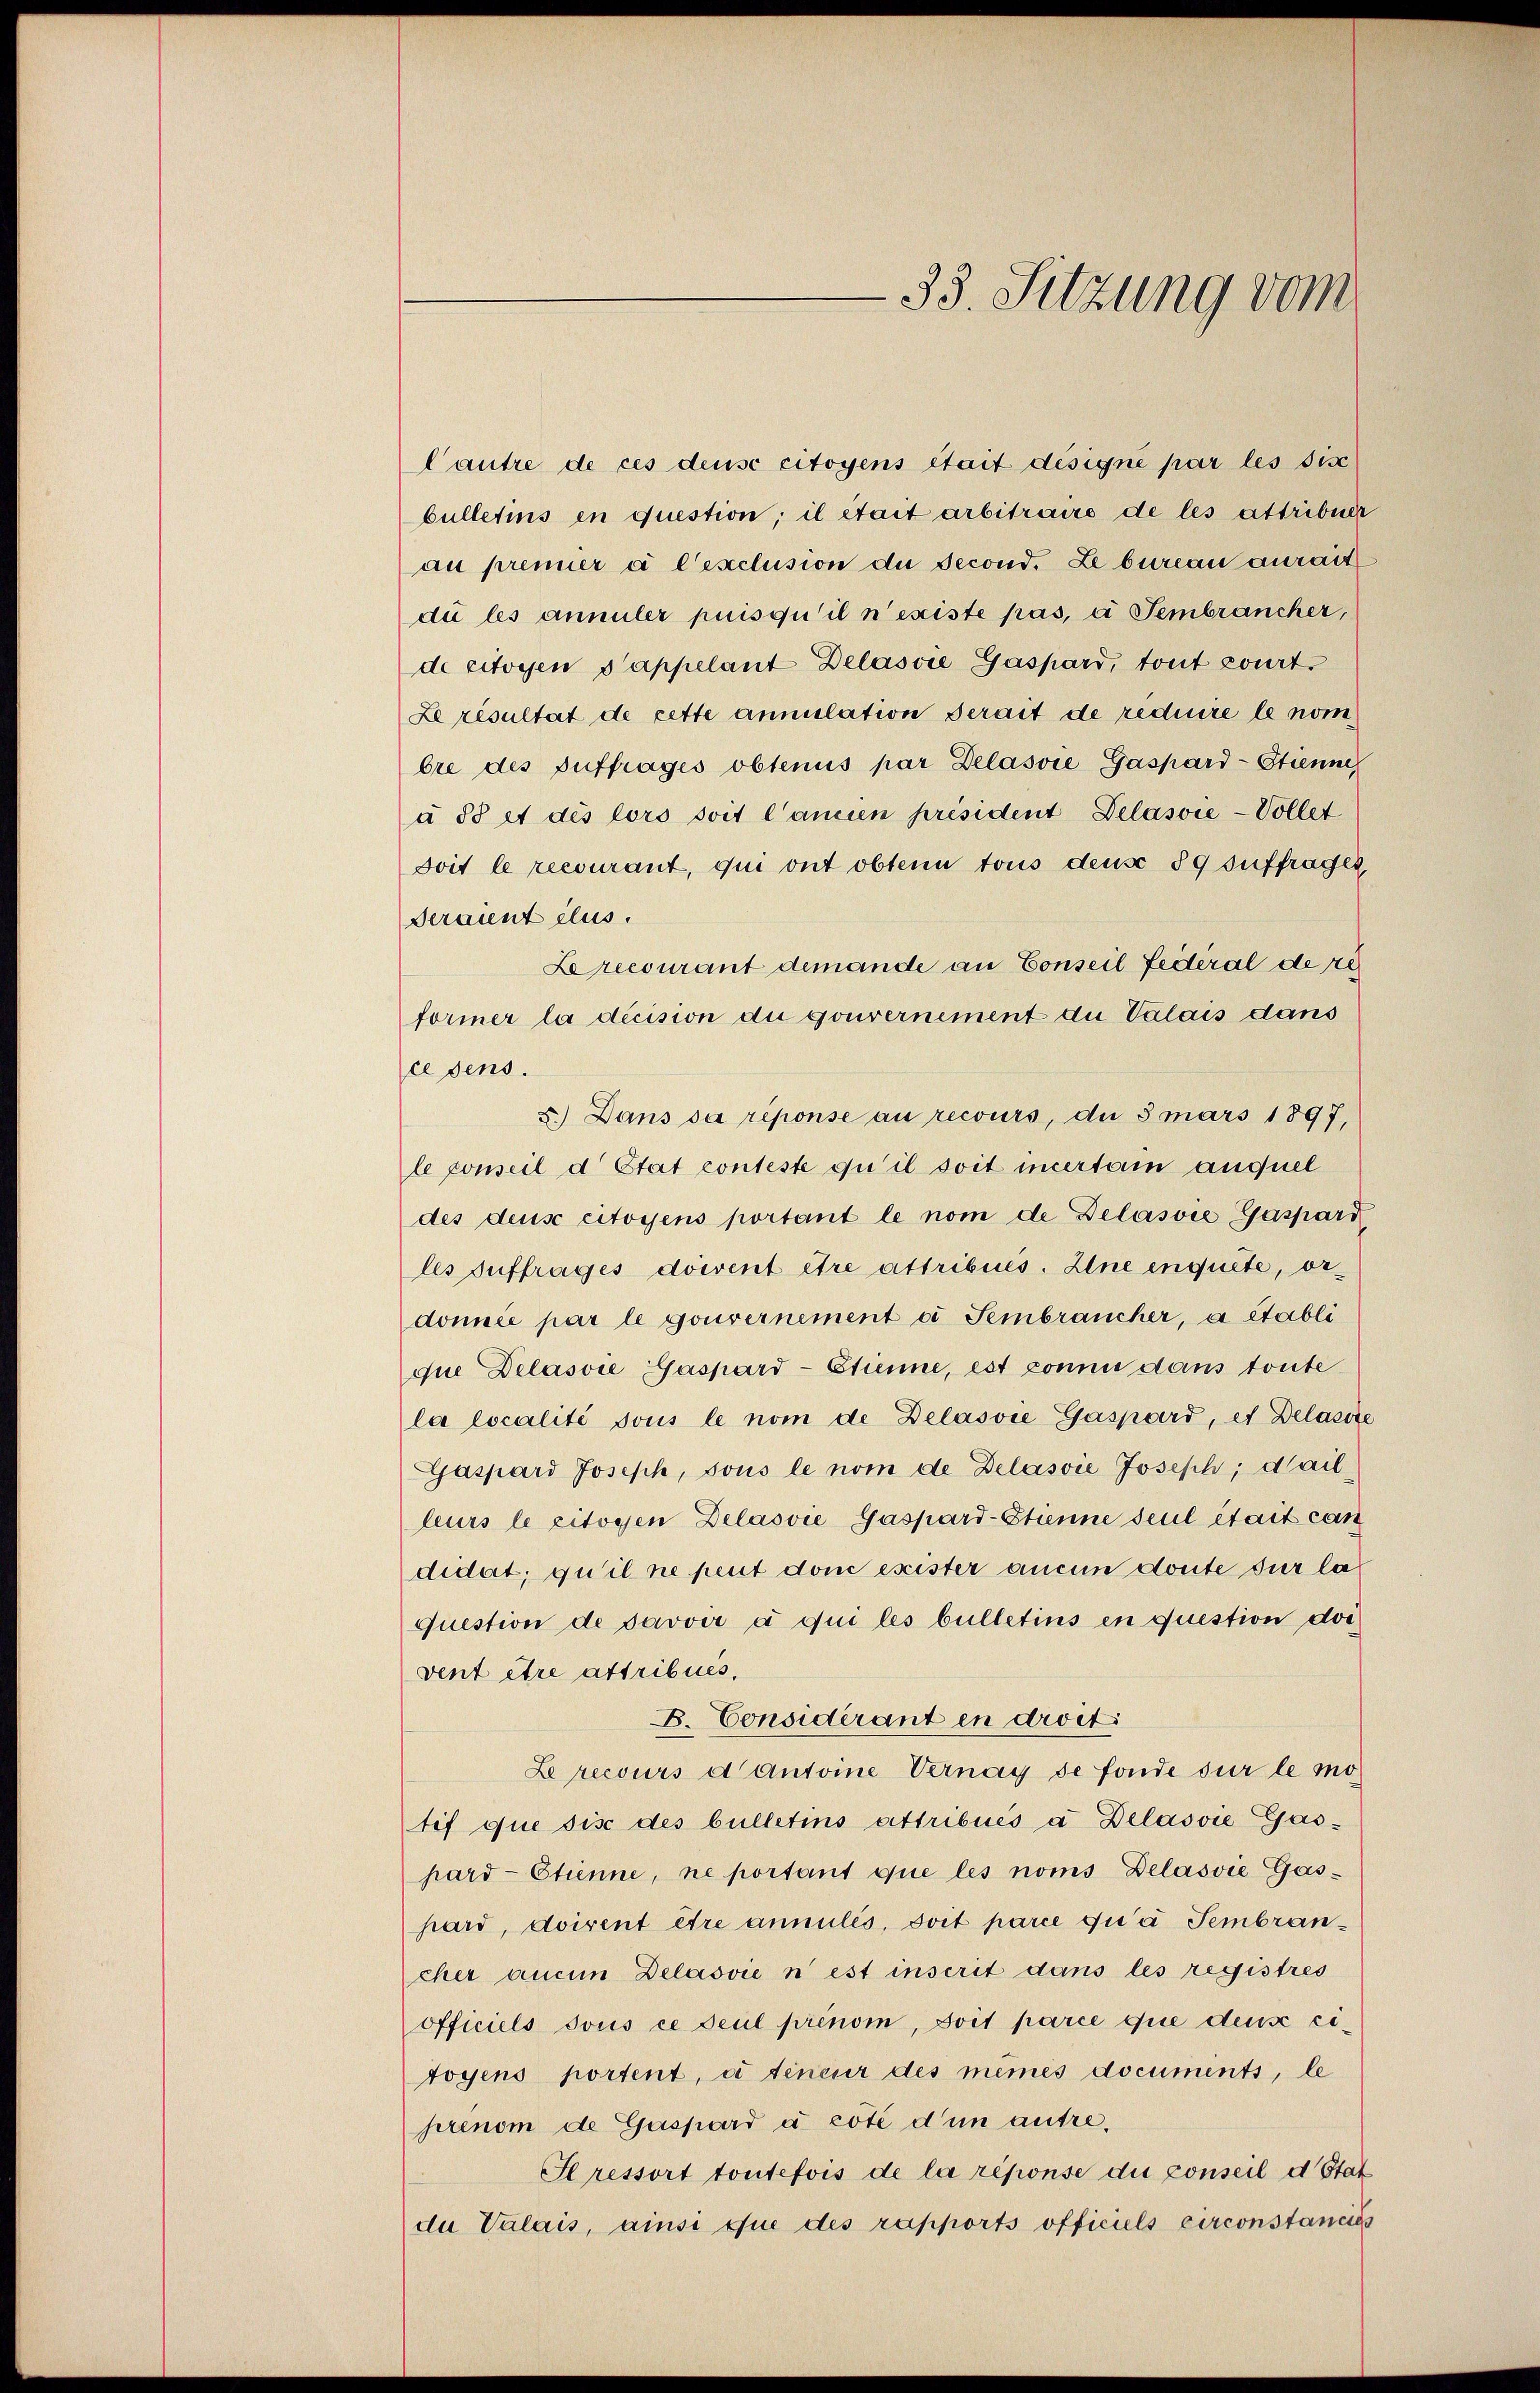
Cautre de ces dense citoyens était désigné par les dise
bulletins en question; il était arbitraire de les attribuer
au premier à l’exclusion de second. Le bureau aurait
di les annuler puis qu’il n’existe pas, à Fembrancher,
de citoyen s’appelant Belasie Gaspard, tout court.
Le résultat de cette annulation serait de reduire le nom
bre des Auffrages obtenus par Delasvie Gaspard-Etienne
à ds et des lors soit l’ancien président Delásvie-Vollet
Joit le recourant, qui ont obten tous deus 89 suffrages,
Seraint elus.
Le recourant demande an Conseil fédéral de re
former la décision du gouvernement du Valais dans
ce dens.
5.) Dans sa reponse au recours, du 3 mars 1897,
le conseil d Etat conteste qu’il soit incertain auquel
des des citoyens portant le nom de Delásvie Gaspard
les auffrages doivent être attribues. Eine enquete, ordomice par le gouvernement es Sembraucher, à établi
que Delasvie Gaspard-Etienne, est connu dans toute
la localité sous le nom de Delasvie Gaspard, et Delasse
Gaspard Joseph, sous le nom de Delásvie Joseph, dail
leurs le citoyen Delaović Gaspard-Strenne seul était can
didat, qu’il ne peut don exister aucun doute sur la
question de savoir à qui les bulletins en question doc
vent être attribues,
B. Considérant en droit.
Le recours d Antoine Vernay se fonde sur le motif que sise des bulletins attribués a Delasvie Gaspard- Etienne, ne portant que les noms Delasvie Gaspard, doivent être annulés, soit parce qu’à Fembrancher aucun Delasvić n est inscrit dans les registres
officiels sous ce seul prinom, soit parce que deus citoyens portent, à teneur des mêmes documents, le
srenom de Gaspard à coté d’un antre¬
Slressort toutefois de la réponse die conseil d. Stat
du Valais, ainsi que des rapports officiels circonstancies

33. Sitzung vom